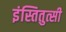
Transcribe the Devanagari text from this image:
इंस्तितुत्सी